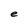
Character: e